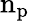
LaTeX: \mathrm{n_{p}}